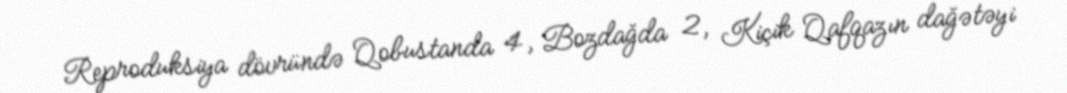
Reproduksiya dövründə Qobustanda 4, Bozdağda 2, Kiçik Qafqazın dağətəyi